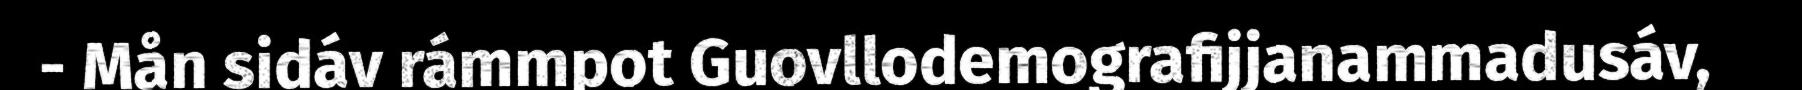
- Mån sidáv rámmpot Guovllodemografijjanammadusáv,